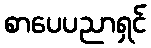
စာပေပညာရှင်